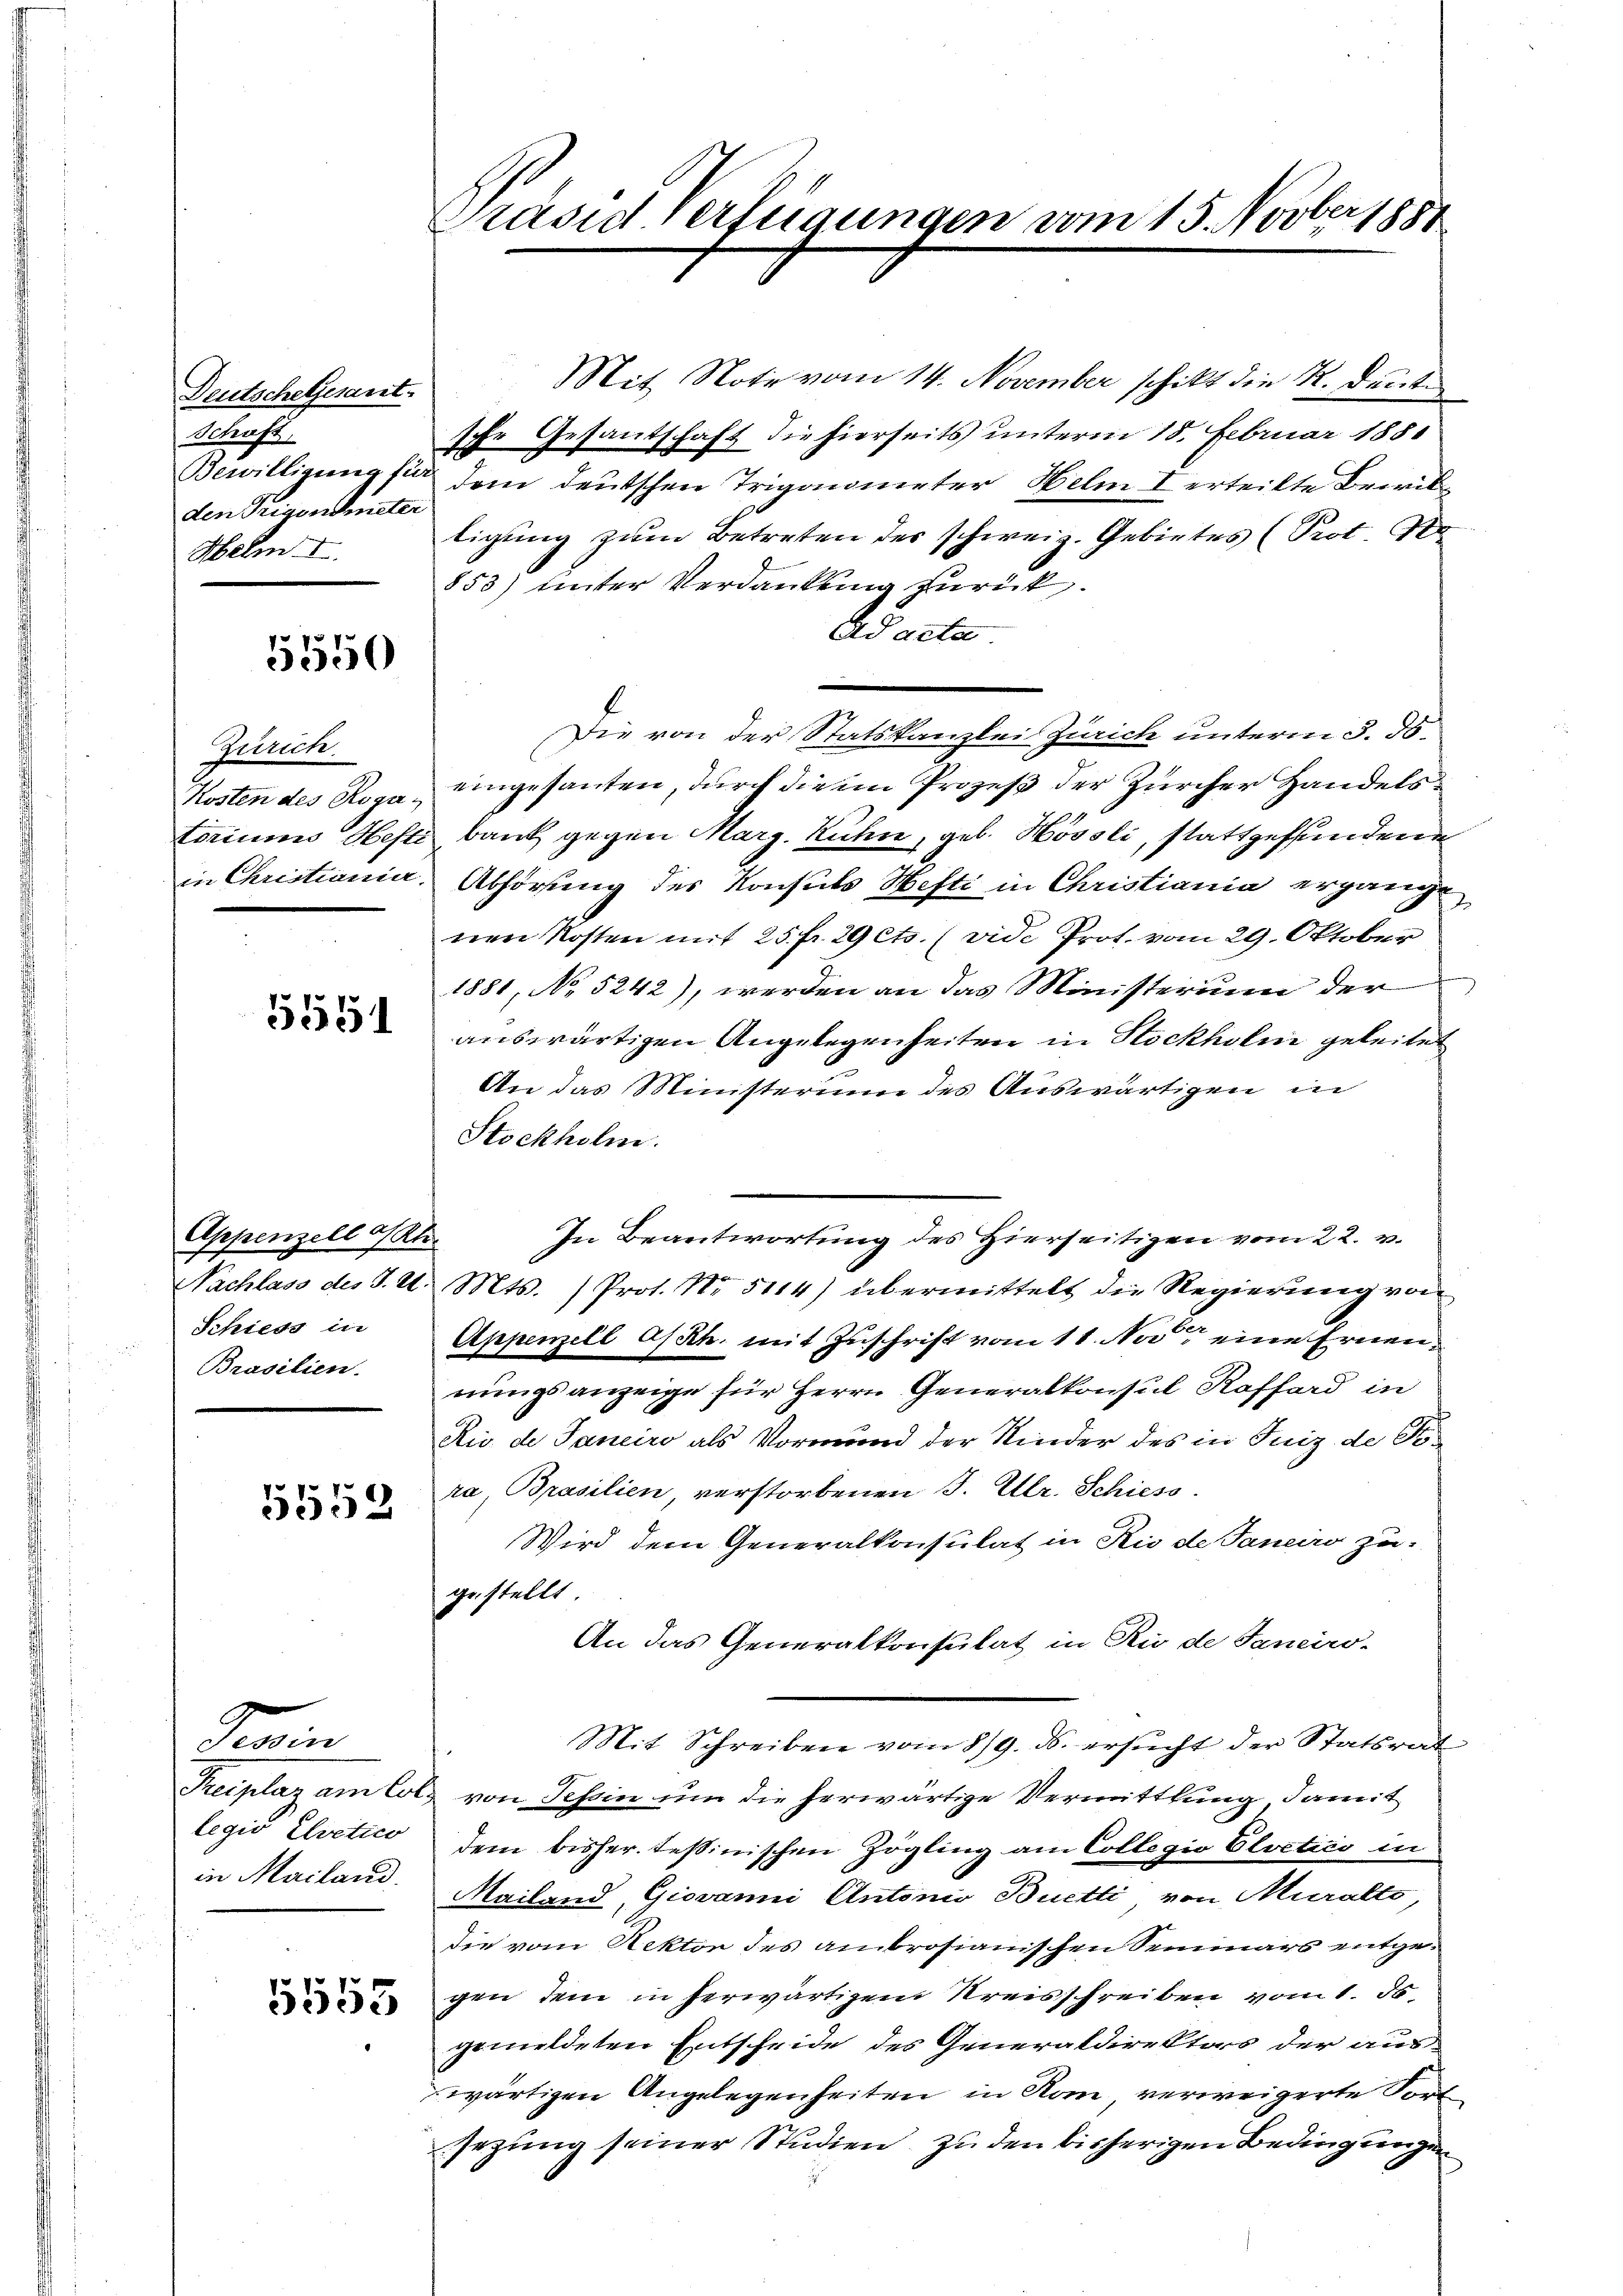
Deutschetzesant.
Schaft,
Bewilligung für
den Trigonometer
Helm I.

5550

Zürich.
Kosten des Roga
toriums Hefti
in Christiania.

5551

Appenzell a/Rh.
Nachlass des J. U.
Schiess in
Brasilien.

5559

Pevin
Replaz am Col
legio Elvetico
in Mailand.

5555

1
s

Präsid Verfügungen vom 15. Novber 188.

Mit Note vom 14. November schikt die K. Deut
Ihr Gesantschaft die hierseits unterm 18. Februar 188
dem deutschen Trigonneter Helm I erteilte Bewiltigung zum Betreten des schweiz. Gebietes (Prot. N
853) unter Verdankung zurück.
Ad acta
Die von der Statskanzlei Zürich unterm 3. ds.
eingesanten, durch die im Prozeß der Zürcher Handels
bank gegen Marg. Kuhn, geb. Hössli, stattgefundene
Abhörung des Konsuls Hefti in Christiania ergänge
nen Kosten mit 25 fr. 29 cts. (vide Prot. vom 29. Oktober
1881, No 5242), werden an das Ministerium der
auswärtigen Angelegenheiten in Stockholm geleitet
An das Ministerium des Auswärtigen in
Stockholm.
In Beantwortung des Hierseitigen vom 22. v.
Mts. (Prot. Nr. 5114) übermittelt die Regierung von
Appenzell Asch. mit Zuschrift vom 11. Nov. eine Ernennungsanzeige für Herrn Generalkonsul Koffard in
Rio de Janeiro als Vormund der Kinder des in Juiz de Tora Brasilien verstorbenen J. Ulr. Schiess.
Wird dem Generalkonsulat in Rio de Janeiro zu
gestellt
An das Generalkonsulat in Rio de Tanciro-
Mit Schreiben vom 8/9. ds. ersŭcht der Statsrat
von Tessin um die herwärtige Vermittlung damit
dem bisher tessinischen Zögling am Collegio Elvetico in
Mailand Giovanni Antonio Buetti von Muralto
die vom Rektor des anbrosianischen Seminars entgegen dem in herwärtigem Kreisschreiben vom 1. d
gemeldeten Entscheide des Generaldirektors der aus-
wärtigen Angelegenheiten in Nan, verweigerte Fort
sezung seiner Studien zu den bisherigen Bedingungen